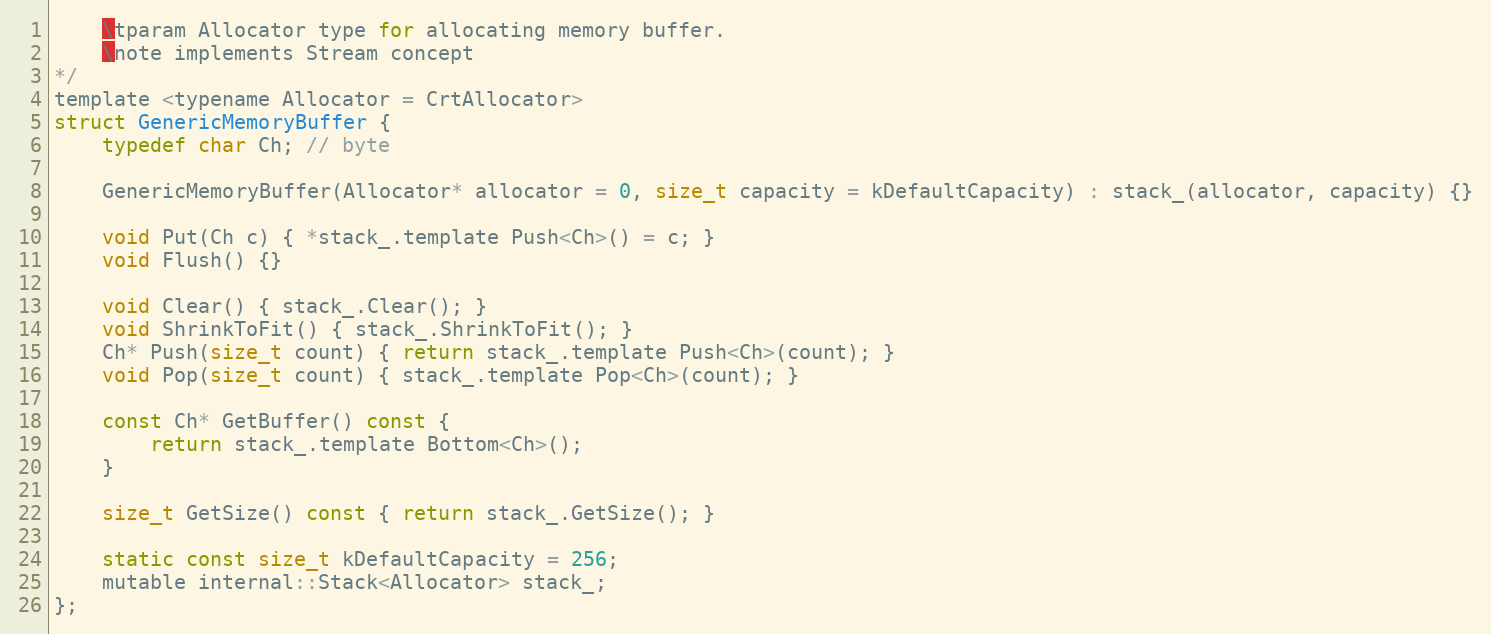
Language: C
    \tparam Allocator type for allocating memory buffer.
    \note implements Stream concept
*/
template <typename Allocator = CrtAllocator>
struct GenericMemoryBuffer {
    typedef char Ch; // byte

    GenericMemoryBuffer(Allocator* allocator = 0, size_t capacity = kDefaultCapacity) : stack_(allocator, capacity) {}

    void Put(Ch c) { *stack_.template Push<Ch>() = c; }
    void Flush() {}

    void Clear() { stack_.Clear(); }
    void ShrinkToFit() { stack_.ShrinkToFit(); }
    Ch* Push(size_t count) { return stack_.template Push<Ch>(count); }
    void Pop(size_t count) { stack_.template Pop<Ch>(count); }

    const Ch* GetBuffer() const {
        return stack_.template Bottom<Ch>();
    }

    size_t GetSize() const { return stack_.GetSize(); }

    static const size_t kDefaultCapacity = 256;
    mutable internal::Stack<Allocator> stack_;
};